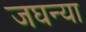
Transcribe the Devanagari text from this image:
जघन्या